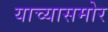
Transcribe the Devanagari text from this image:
याच्यासमोर